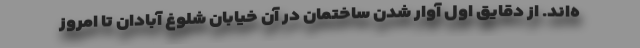
ه‌اند. از دقایق اول آوار شدن ساختمان در آن خیابان شلوغ آبادان تا امروز